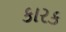
કારક